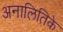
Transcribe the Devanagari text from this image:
अनालितिके